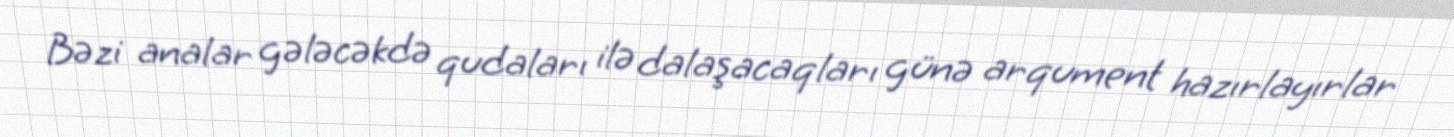
Bəzi analar gələcəkdə qudaları ilə dalaşacaqları günə arqument hazırlayırlar